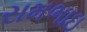
રામભાઇ